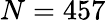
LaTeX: N=457